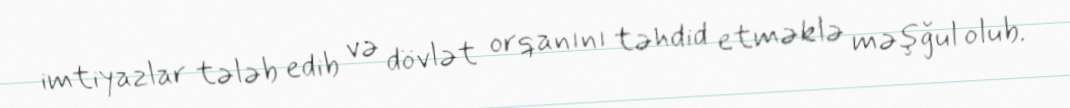
imtiyazlar tələb edib və dövlət orqanını təhdid etməklə məşğul olub.